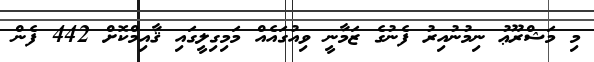
މި މަޝްރޫޢު ނިމުނުއިރު ފެނުގެ ޒަމާނީ ވިއުގައެއް މަމިގިލީގައި ޤާއިމްކޮށް 442 ފެން